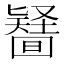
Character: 𠤪